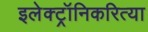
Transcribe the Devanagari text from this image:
इलेक्ट्रॉनिकरित्या